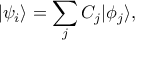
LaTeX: | \psi _ { i } \rangle = \sum _ { j } { C _ { j } } | \phi _ { j } \rangle ,